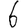
Digit: 6